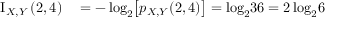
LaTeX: \begin{array} { r l } { \operatorname { I } _ { X , Y } { ( 2 , 4 ) } } & { { } = - \log _ { 2 } \! { \left[ p _ { X , Y } { ( 2 , 4 ) } \right] } = \log _ { 2 } \! { 3 6 } = 2 \log _ { 2 } \! { 6 } } \end{array}